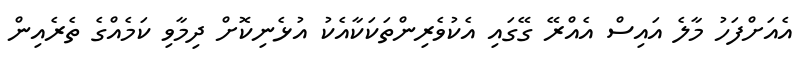
އެއަށްފަހު މާލެ އައިސް އެއްރޭ ގޭގައި އެކުވެރިންތަކަކާއެކު އުޅެނިކޮށް ދިމާވި ކަމެއްގެ ތެރެއިން